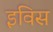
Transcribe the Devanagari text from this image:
इविस